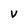
Character: V